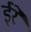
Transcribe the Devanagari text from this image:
ईरे